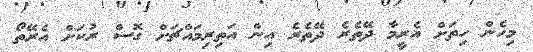
މިހެން ހިތަށް އެރީމާ ދޭތެރެ ދޭތެރެ އިން އަތިރިމައްޗަށް ގޮސް ރުކަށް އެރޭތޯ